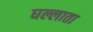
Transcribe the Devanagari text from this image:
घल्लाता